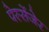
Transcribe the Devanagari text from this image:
पेस्सेंजेर